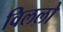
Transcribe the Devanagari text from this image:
विललो